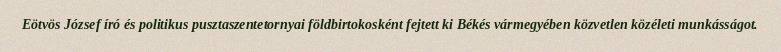
Eötvös József író és politikus pusztaszentetornyai földbirtokosként fejtett ki Békés vármegyében közvetlen közéleti munkásságot.